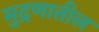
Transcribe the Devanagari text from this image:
मुद्रणातील